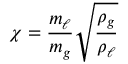
\chi = { \frac { m _ { \ell } } { m _ { g } } } { \sqrt { \frac { \rho _ { g } } { \rho _ { \ell } } } }